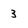
Character: 3